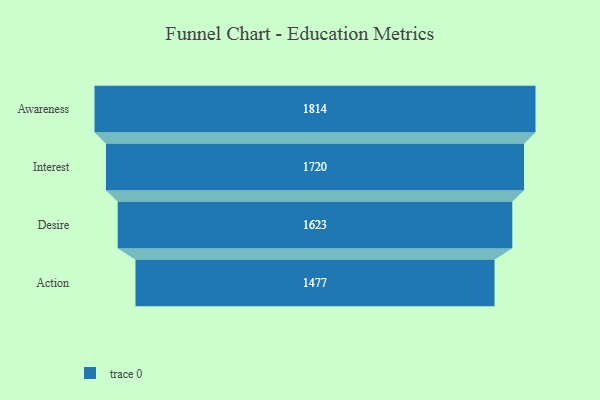
{"axis": {"x": "Stage", "y": "Value"}, "legend": [""], "data": [{"x": "Awareness", "y": 1814.0, "type": ""}, {"x": "Interest", "y": 1720.0, "type": ""}, {"x": "Desire", "y": 1623.0, "type": ""}, {"x": "Action", "y": 1477.0, "type": ""}]}